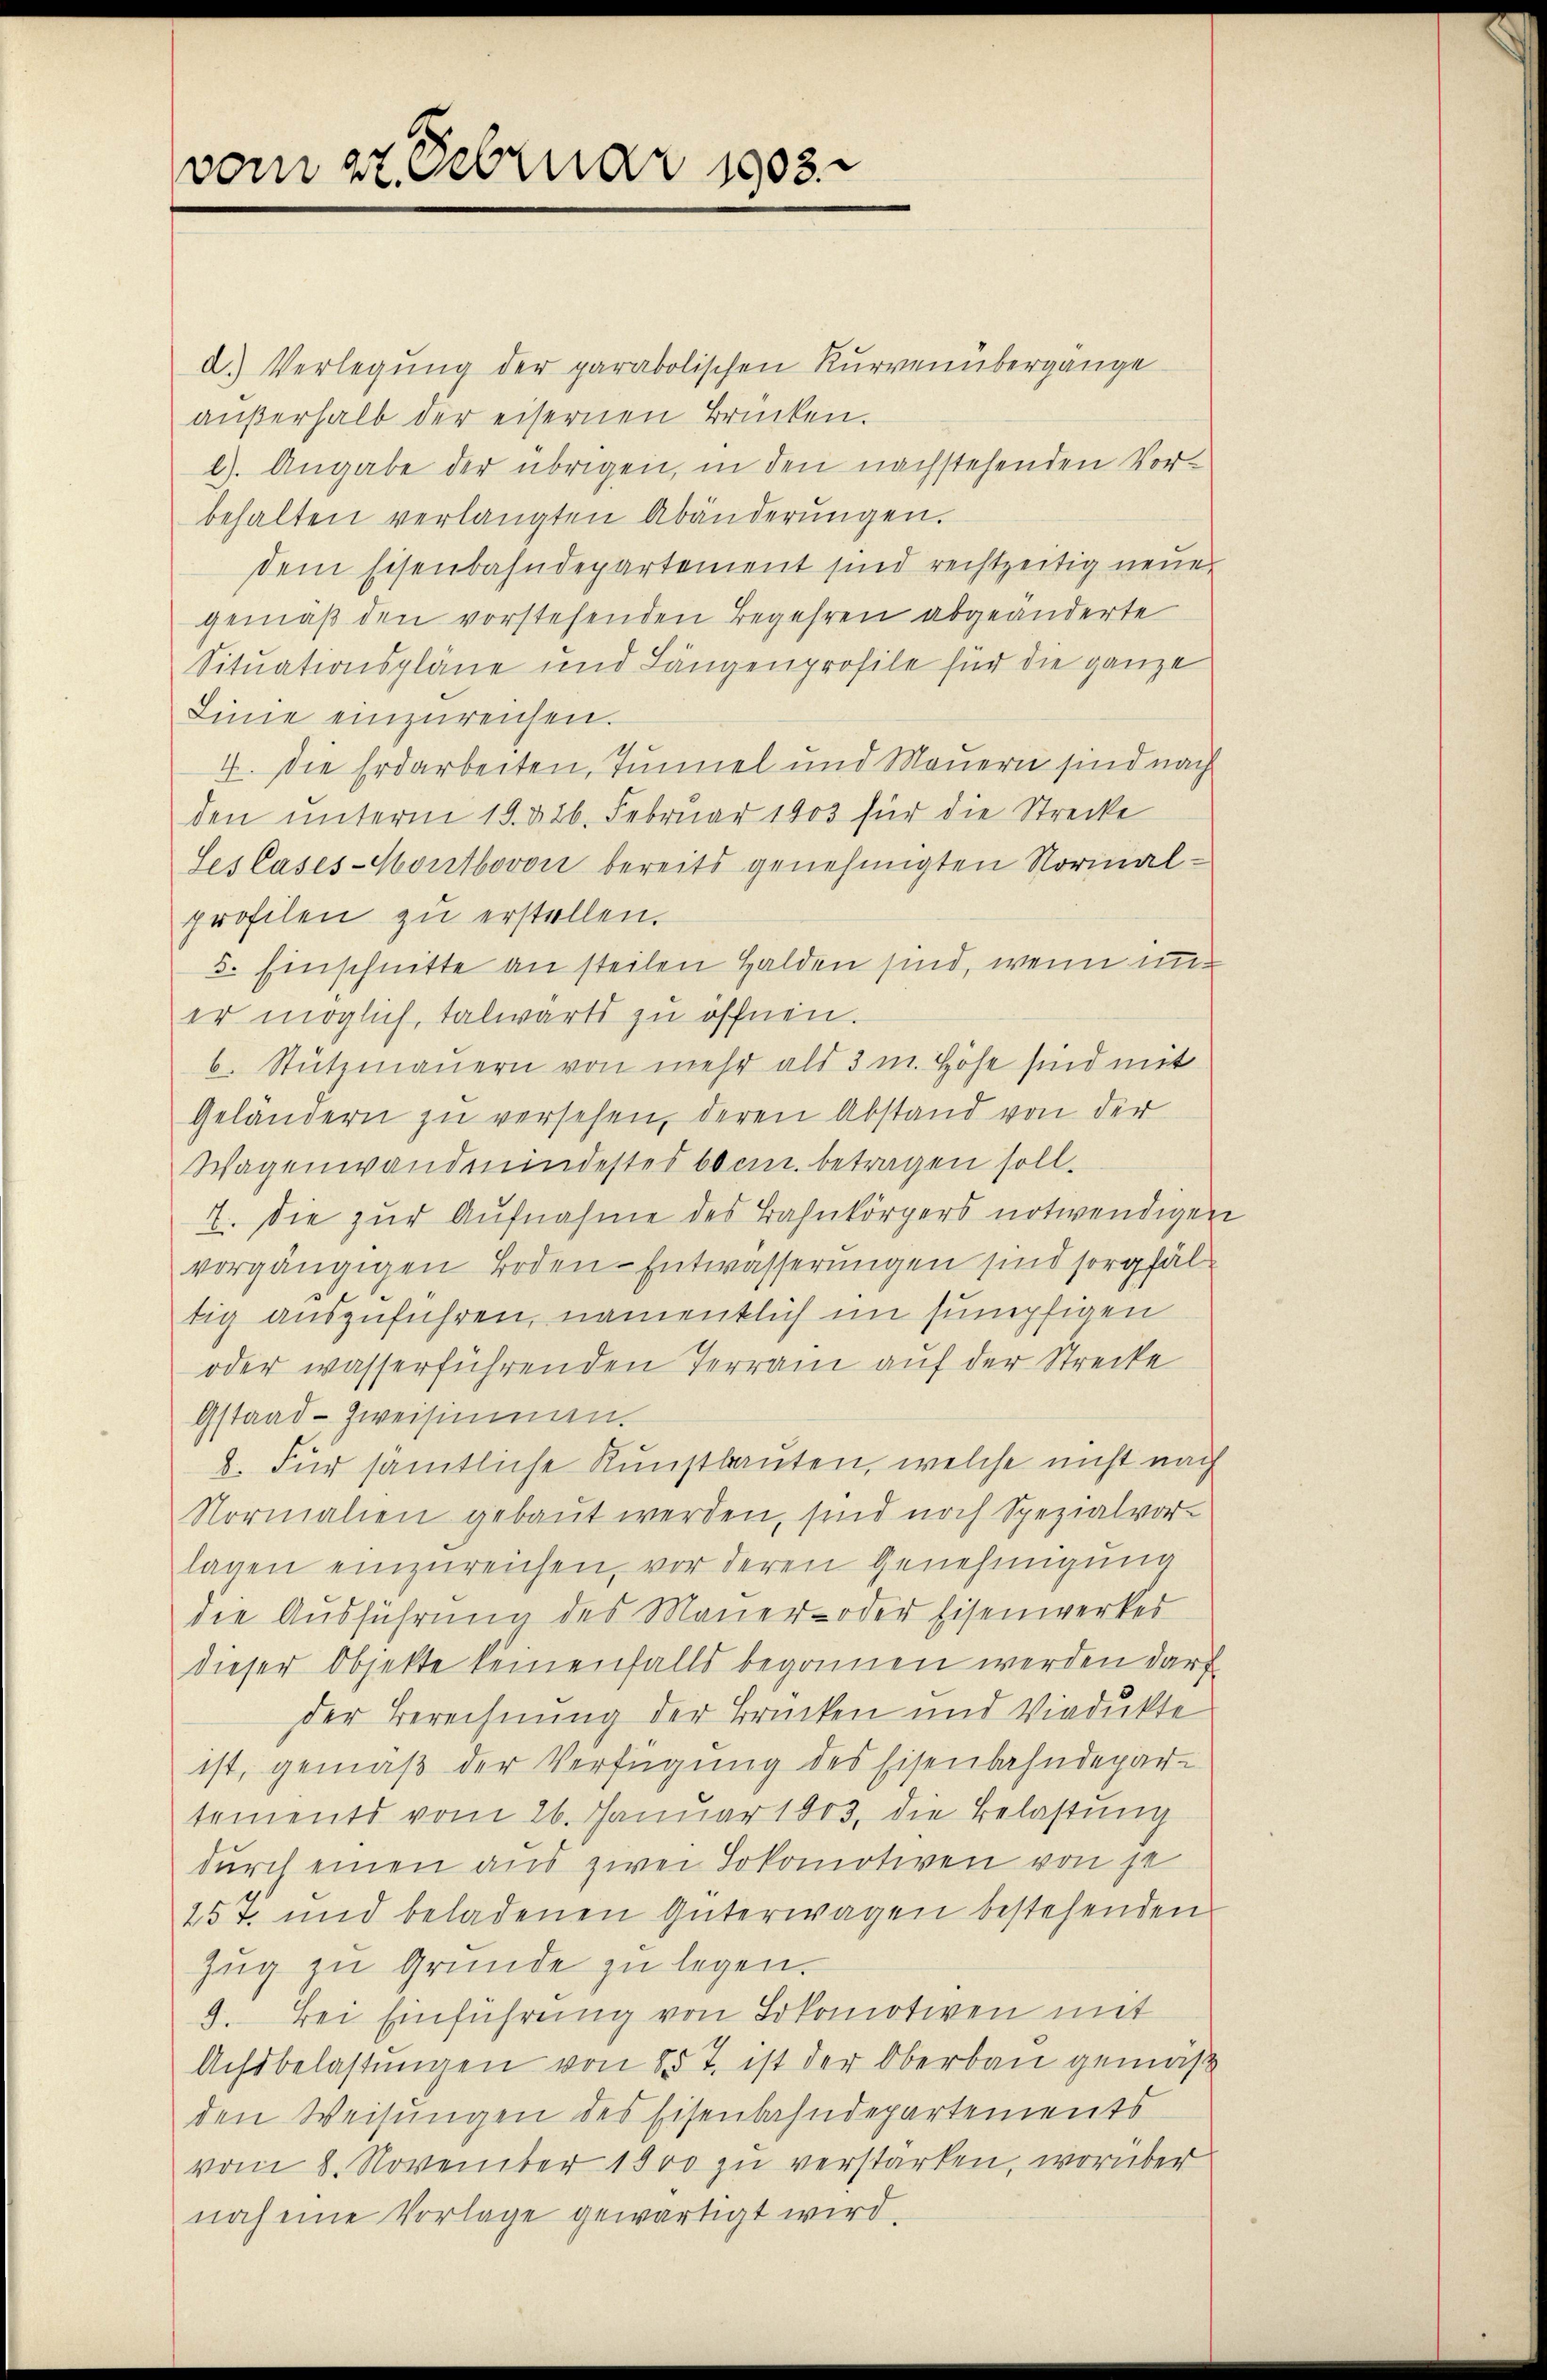
vom 27. Februar 1903.

d.) Verlegung der parabolischen Kurvenübergänge
außerhalb der eisernen Brücken.
2). Angabe der übrigen, in den nachstehenden Vor-
behalten verlangten Abänderŭngen.
dem Eisenbahndepartement sind rechtzeitig neuen
gemäß den vorstehenden Begehren abgeänderte
Situationspläne und Längenprofile für die ganze
Linie einzŭreichen.
4. Die Erdarbeiten, Tunnel und Mauern sind nach
den unterm 18. d. 26. Februar 1903 für die Strecke
Ses Cases-Montbovon bereits genehmigten Normal-
profilen zu erstellen.
5. Einschnitte an steilen Halden sind, wenn un
er möglich, talwärts zu öffnen.
b. Stützmauern von mehr als 3 m. Höhe sind mit
Geländern zŭ versehen, deren Abstand von der
Wagenwand mindestes bocin. betragen soll.
7. Die zur Aufnahme des Bahnkörpers notwendigen
vorgängigen Boden-Entwässerungen sind sorgfältig auszuführen, namentlich im sumpfigen
oder wasserführenden Terrain auf der Strecke
Gstaad-Zweisimmen.
8. Für sämtliche Kunstbauten, welche nicht nach
Normalien gebaut werden, sind noch Spezialvor-
lagen einzureichen, vor deren Genehmigung
die Ausführung des Mauer- oder Eisenwerkes
dieser Objekte keinenfalls begonnen werden darf
der Berechnung der Brücken und Viadukte
ist, gemäß der Verfügung des Eisenbahndepartements vom 26. Januar 1803, die Belastung
durch einen aus zwei Sokomotiven von je
257 und beladenen Güterwagen bestehenden
Zŭg zŭ Gründe zŭ legen.
9. Bei Einführung von Lokomotiven mit
Achsbelastungen von 85 J. ist der Oberbau gemäß
den Weisungen des Eisenbahndepartements
vom 8. November 1900 zu verstärken, worüber
noch eine Vorlage gewärtigt wird,

e